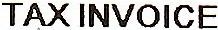
TAX INVOICE